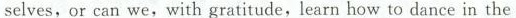
selves, or can we, with gratitude, learn how to dance in the